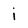
Character: i